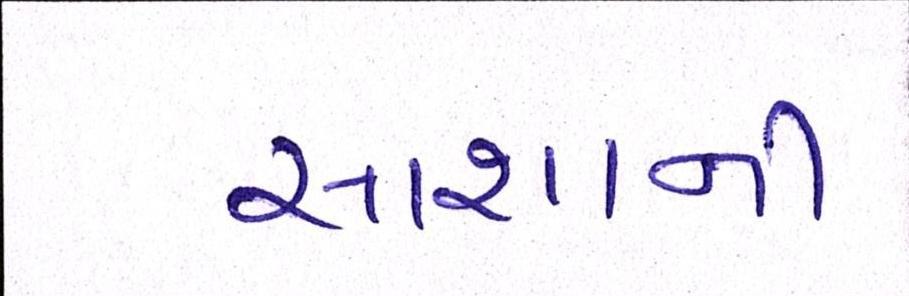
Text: સાશાની